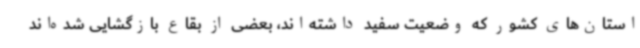
استان‌های کشور که وضعیت سفید داشته‌اند، بعضی از بقاع بازگشایی شده‌اند